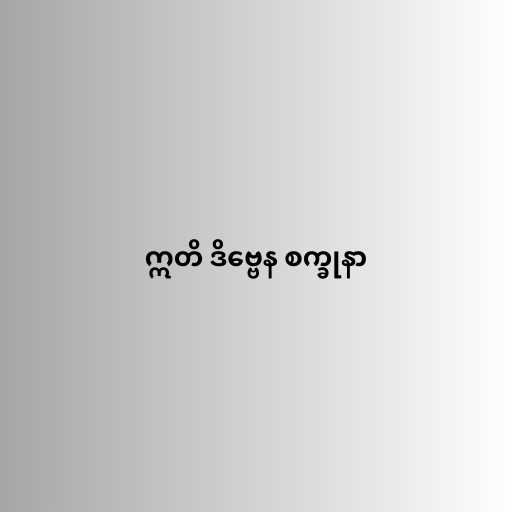
ဣတိ ဒိဗ္ဗေန စက္ခုနာ